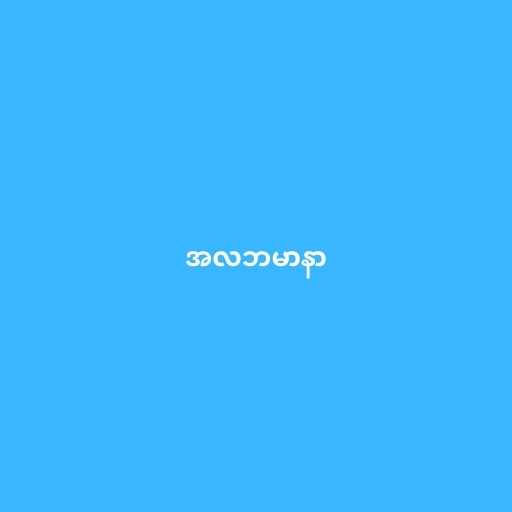
အလဘမာနာ